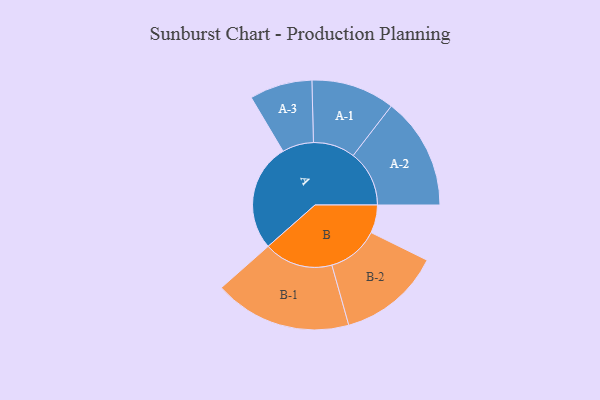
{"axis": {"x": "Segment", "y": "Value"}, "legend": ["", "A", "B"], "data": [{"x": "A", "y": 423, "type": ""}, {"x": "B", "y": 110, "type": ""}, {"x": "A-1", "y": 164, "type": "A"}, {"x": "A-2", "y": 220, "type": "A"}, {"x": "A-3", "y": 123, "type": "A"}, {"x": "B-1", "y": 270, "type": "B"}, {"x": "B-2", "y": 202, "type": "B"}]}